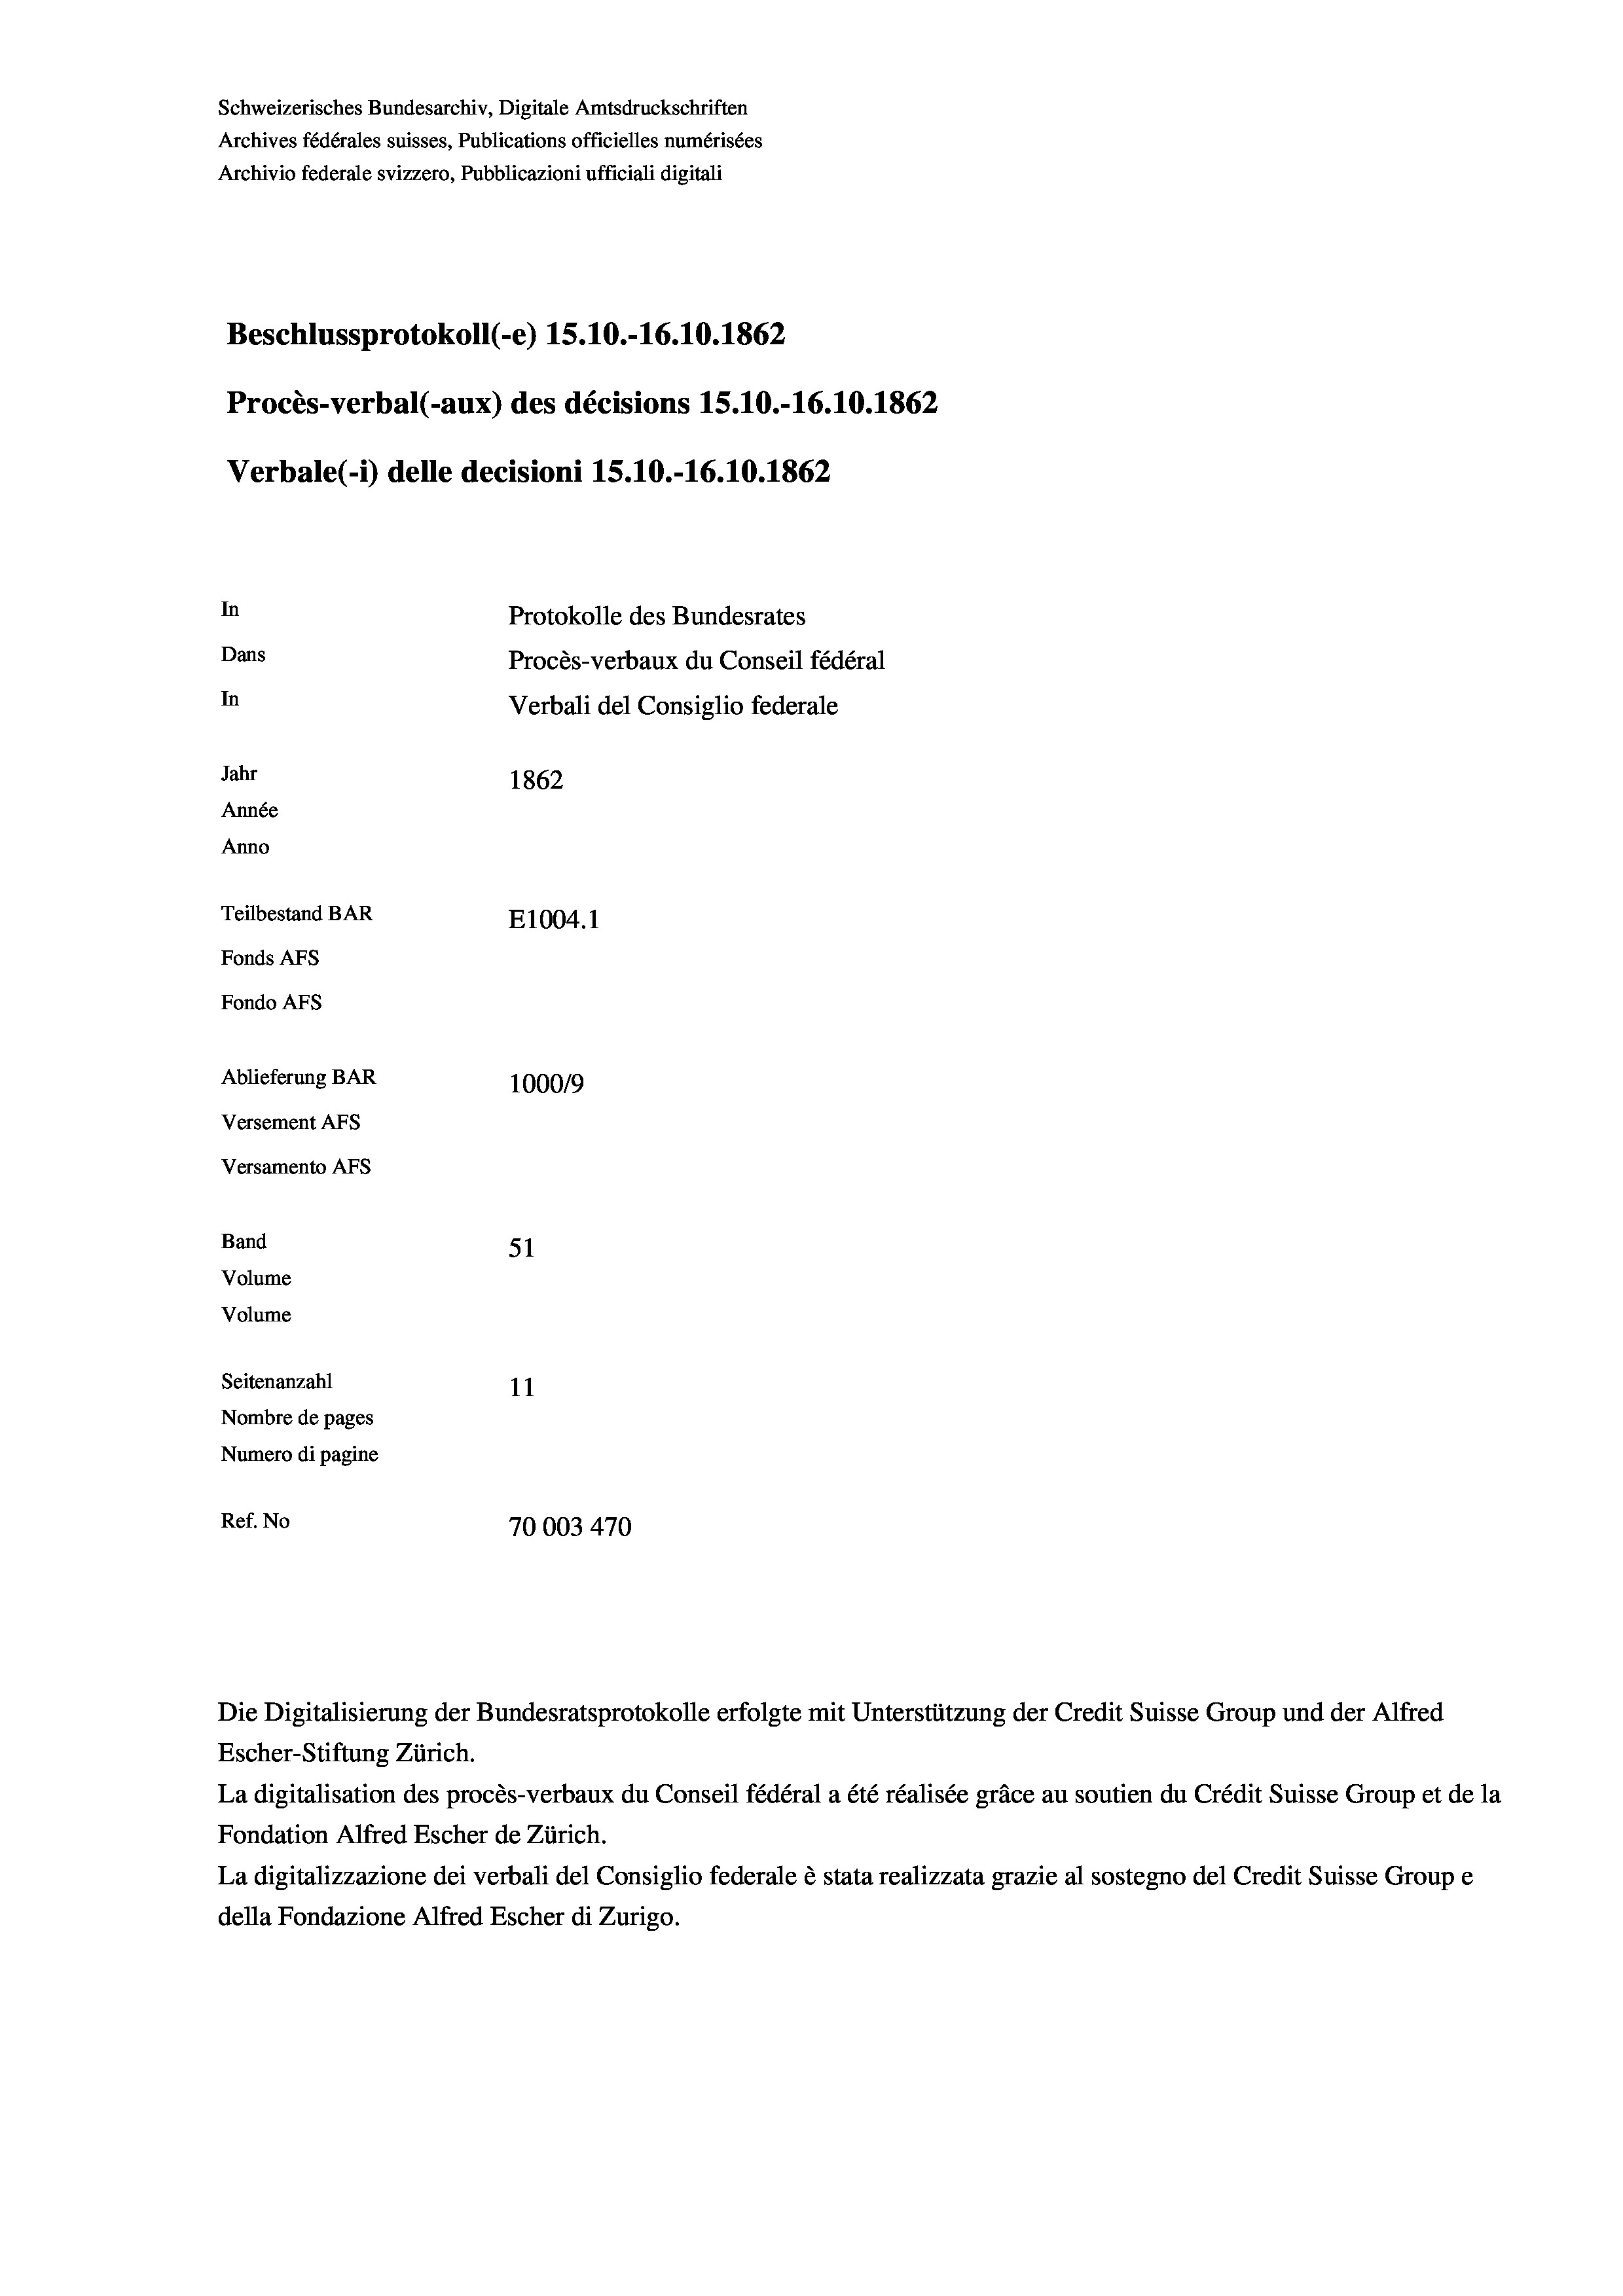
Beschlussprotokoll (-e) 15.10.-16.10.1862
In
Protokolle des Bundesrates
Dans
Procès-verbaux du Conseil fédéral
In
Verbali del Consiglio federale
Jahr
1862
Année
Anno
Teilbestand BAR
E1004. 1
Fonds AFs
Fondo AFs
Ablieferung BAR
100019
Versement AFs

Schweizerisches Bundesarchiv, Digitale Amtsdruckschriften
Archives fédérales suisses, Publications officielles numérisées
Archivio federale svizzero, Pubblicazioni ufficiali digitali

Procès-verbal (-aux) des décisions 15.10.-16.10.1862
Verbale (- 1) delle decisioni 15.10.-16.10.1862

51
11
Nombre de pages
Numero di pagine
Ref. No
70003 470

Versamento AFs
Band
Volume
Volume
Seitenanzahl

Die Digitalisierung der Bundesratsprotokolle erfolgte mit Unterstützung der Credit Suisse Group und der Alfred

Escher-Stiftung Zürich.
La digitalisation des procès-verbaux du Conseil fédéral a été réalisée gräce au soutien du Crédit Suisse Group et de la
Fondation Alfred Escher de Zürich.
La digitalizzazione dei verbali del Consiglio federale è stata realizzata grazie al sostegno del Credit Suisse Groupe
della Fondazione Alfred Escher di Zurigo.